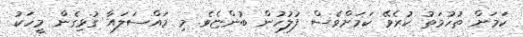
ކަމަށް ތުހުމަތު ކުރެވޭ ކަމަށްވެސް ފުލުހުން ބުންޏެވެ. މި މައްސަލައާ ގުޅިގެން މީހަކު